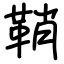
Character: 鞘